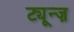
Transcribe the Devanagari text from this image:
ट्यून्ज़